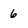
Character: 6